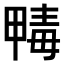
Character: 𣫹